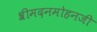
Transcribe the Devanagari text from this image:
श्रीमदनमोहनजी